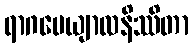
ရာဂပေယျာလနိဿိတာ